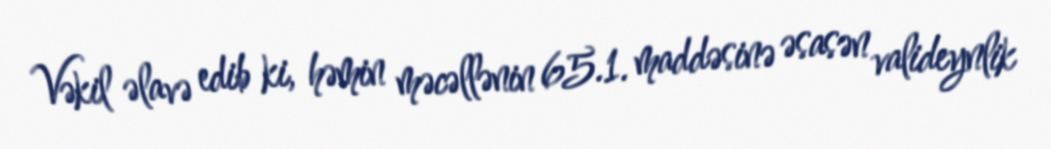
Vəkil əlavə edib ki, həmin məcəllənin 65.1. maddəsinə əsasən valideynlik